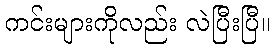
ကင်းများကိုလည်း လဲပြီးပြီ။